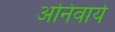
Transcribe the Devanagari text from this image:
अनिवार्य